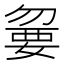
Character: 𡠍